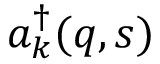
a _ { k } ^ { \dag } ( q , s )